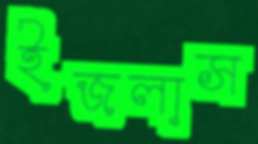
ইজলাস